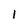
Character: l